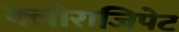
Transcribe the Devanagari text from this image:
क्लोराजिपेट